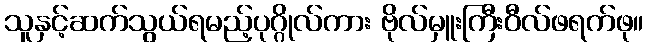
သူနှင့်ဆက်သွယ်ရမည့်ပုဂ္ဂိုလ်ကား ဗိုလ်မှူးကြီးဝီလ်ဖရက်ဖု။